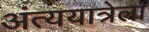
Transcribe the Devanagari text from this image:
अंत्ययात्रेला